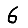
Digit: 6